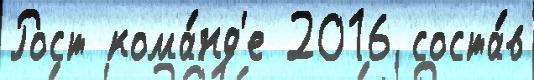
Рост кома́нд'е 2016 соста́в